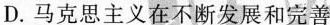
D.马克思主义在不断发展和完善